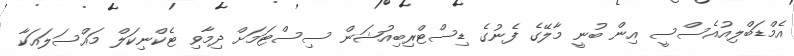
އެމްޑަބްލިއުއެސްސީ އިން ބުނީ މާލޭގެ ފެނުގެ ޑިސްޓްރިބިއުޝަން ސިސްޓަމަށް ދިމާވި ޓެކްނިކަލް މައްސަލައަކާ